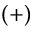
\left( + \right)